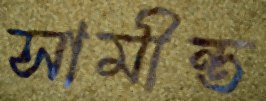
সামীন্ত